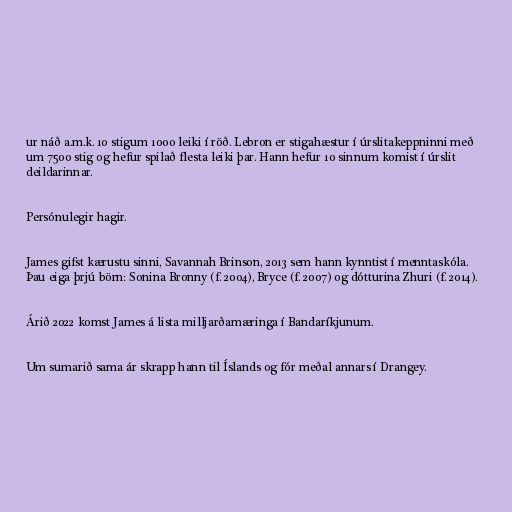
ur náð a.m.k. 10 stigum 1000 leiki í röð. Lebron er stigahæstur í úrslitakeppninni með
um 7500 stig og hefur spilað flesta leiki þar. Hann hefur 10 sinnum komist í úrslit
deildarinnar.

Persónulegir hagir.

James gifst kærustu sinni, Savannah Brinson, 2013 sem hann kynntist í menntaskóla.
Þau eiga þrjú börn: Sonina Bronny (f. 2004), Bryce (f. 2007) og dótturina Zhuri (f. 2014).

Árið 2022 komst James á lista milljarðamæringa í Bandaríkjunum.

Um sumarið sama ár skrapp hann til Íslands og fór meðal annars í Drangey.